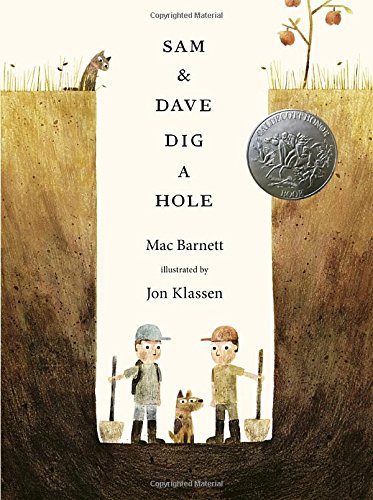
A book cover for Sam and Dave Dig a Hole (Irma S and James H Black Award for Excellence in Children's Literature (Awards)); Mac Barnett; Children's Books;